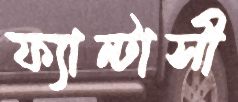
ফ্যান্টাসী